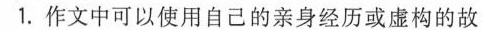
1.作文中可以使用自己的亲身经历或虚构的故